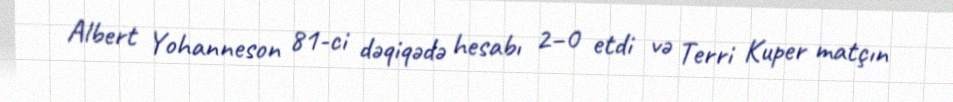
Albert Yohanneson 81-ci dəqiqədə hesabı 2–0 etdi və Terri Kuper matçın